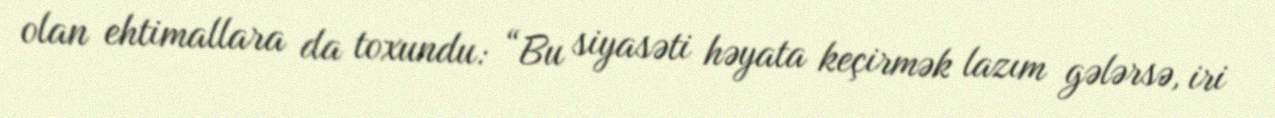
olan ehtimallara da toxundu: “Bu siyasəti həyata keçirmək lazım gələrsə, iri